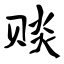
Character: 赕